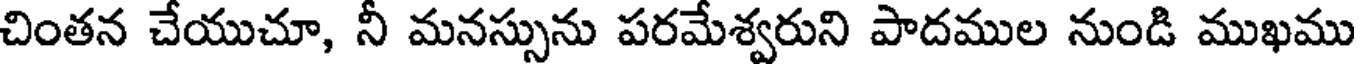
చింతన చేయుచూ, నీ మనస్సును పరమేశ్వరుని పాదముల నుండి ముఖము